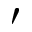
'